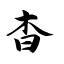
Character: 杳